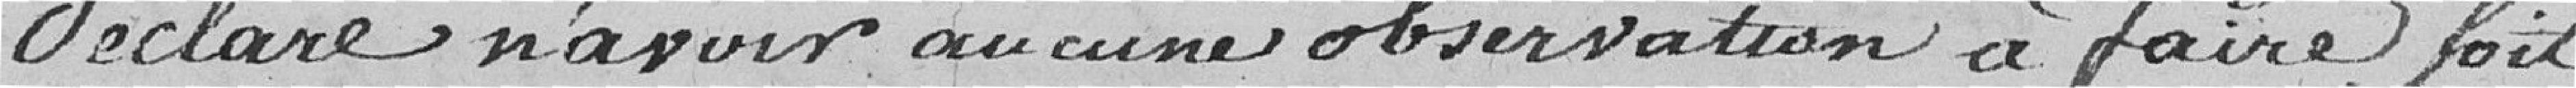
déclare n'avoir aucune observation à faire, soit